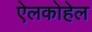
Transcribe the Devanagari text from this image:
ऐलकोहेल